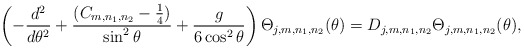
\begin{align*}\left( -\frac{d^{2}}{d\theta ^{2}}+\frac{(C_{m,n_1,n_2}-\frac{1}{4})}{\sin ^{2}\theta }+\frac{g}{6 \cos^2\theta} \right) \Theta_{j,m,n_1,n_2} (\theta )=D_{j,m,n_1,n_2} \Theta_{j,m,n_1,n_2} (\theta ), \end{align*}